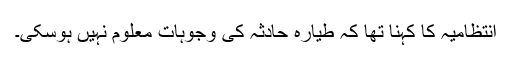
انتظامیہ کا کہنا تھا کہ طیارہ حادثہ کی وجوہات معلوم نہیں ہوسکی۔